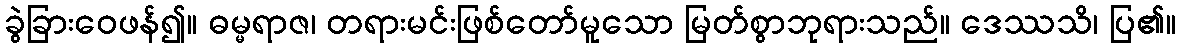
ခွဲခြားဝေဖန်၍။ ဓမ္မရာဇ၊ တရားမင်းဖြစ်တော်မူသော မြတ်စွာဘုရားသည်။ ဒေဿသိ၊ ပြ၏။